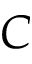
C